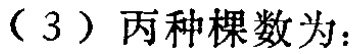
（3）丙种棵数为：